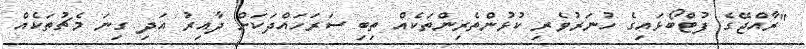
"ރާއްޖޭގެ ފުޓްބޯޅައިގެ ހުނަރުވެރި ކުޅުންތެރިންތަކެއް ތިބި ސަރަހައްދަކަށް ދާއިރު އަދި ގިނަ މެޗުތަކެއް